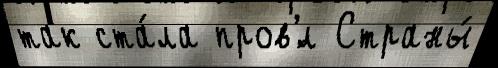
так ста́ла пров'́л Страны́